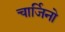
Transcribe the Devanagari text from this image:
चार्जिनो